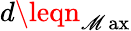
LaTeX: d\leqn_{\operatorname*{\mathscr{M}ax}}